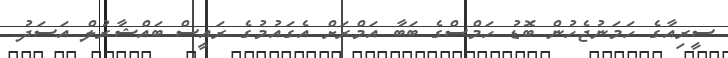
ސީރިއާގެ ހަމަނުޖެހުން ބޮޑު ހަމްސްގެ ބަބާ އަމްރަށް އެގައުމުގެ ރައީސް ބައްޝާރުލް އަސަދު